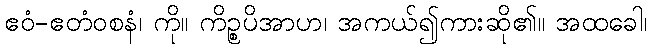
ဧဝံ-ဧတံဝစနံ၊ ကို။ ကိဉ္စပိအာဟ၊ အကယ်၍ကားဆို၏။ အထခေါ၊